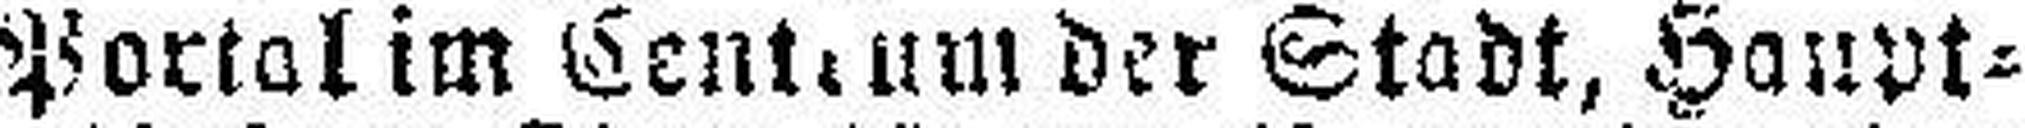
Portal im Centrum der Stadt, Haupt¬